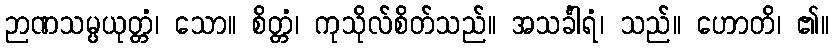
ဉာဏသမ္ပယုတ္တံ၊ သော။ စိတ္တံ၊ ကုသိုလ်စိတ်သည်။ အသင်္ခါရံ၊ သည်။ ဟောတိ၊ ၏။